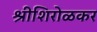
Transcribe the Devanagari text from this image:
श्रीशिरोळकर